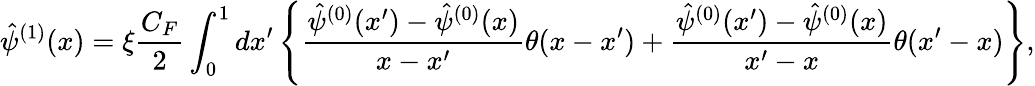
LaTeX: \hat{\psi}^{(1)}(x)=\xi{\frac{C_{F}}{2}}\int_{0}^{1}dx^{\prime}\left\{ {\frac{\hat{\psi}^{(0)}(x^{\prime})-\hat{\psi}^{(0)}(x)}{x-x^{\prime}}}\theta(x-x^{\prime})+{\frac{\hat{\psi}^{{(0)}}(x^{\prime})-\hat{\psi}^{(0)}(x)}{x^{\prime}-x}}\theta(x^{\prime}-x)\right\} ,